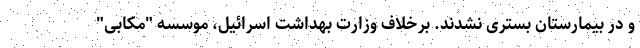
و در بیمارستان بستری نشدند. برخلاف وزارت بهداشت اسرائیل، موسسه "مکابی"